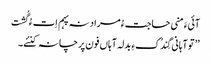
آئیءَ منی حاجت ءُ مراد نہ پہم اِت ءُ گُشت
’’ تو آہانی گِندُکءِ بدلہ آہاں فون پرچانہ کنئے۔